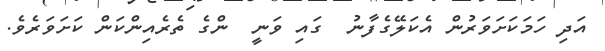
އަދި ހަމަކަށަވަރުން އެކަލޭގެފާނު  ގައި ވަނީ  ންގެ ތެރެއިންކަން ކަށަވަރެވެ.